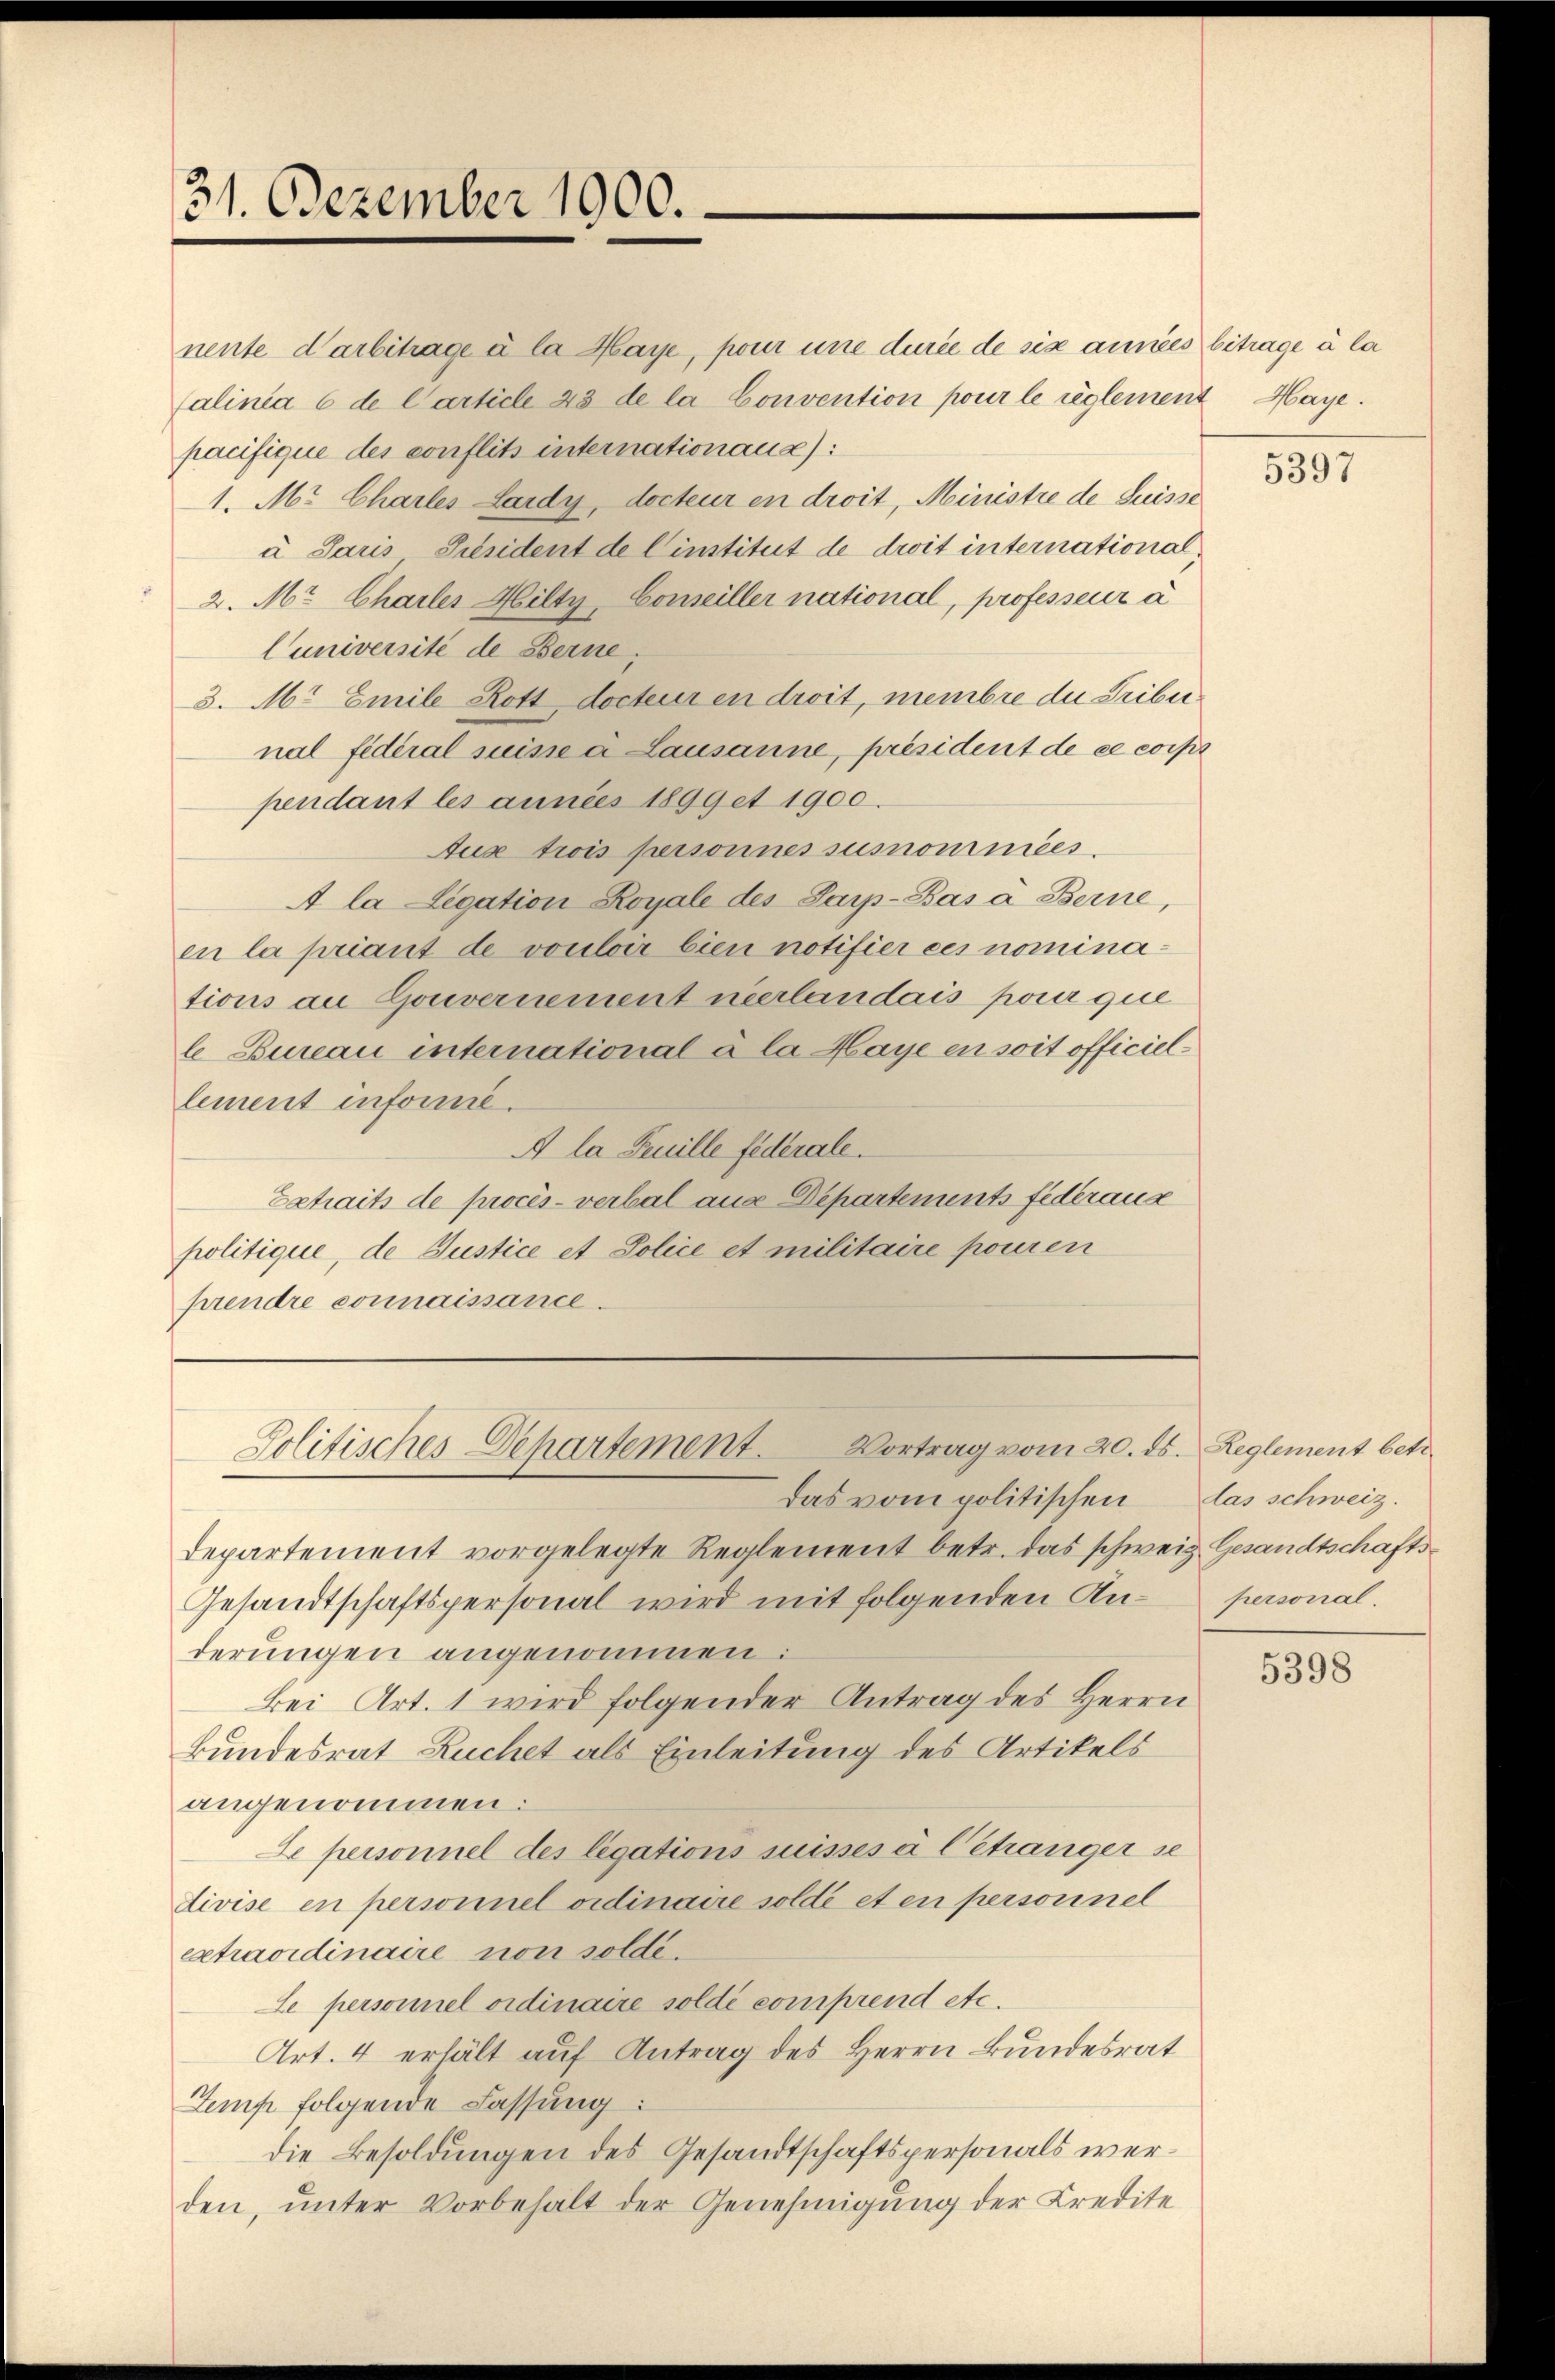
31. Dezember 1900.

nente darbitrage à la Maye, pour une durée de six annes betrage à la
alinia 6 de Carticle 43 de la Convention pour le reglement Haye.
pacifique des conflits internationaus):
1. Mr. Charles Lardy, docteur en droit, Ministre de Suisse
u Paris Präsident de Cinstitut de droit international¬
2. Mr. Charler Hilty, Conseiller national, professeur à
Cuniversité de Berne
3. M. Emile Rott, docteur en droit, membre du Tribunal fédéral suisse à Lausanne, président de ce corps
pendant les années 1899 et 1900.
Aux trois personnes sumominées.
A la Legation Royale des Parp-Bás à Berne,
en la priant de vouloir bien notifier ces nominations an Gouvernement neerlandais pour que
l Bureau international à la Haye en soit officiellement informe.
A la Feuille federale.
Betraits de procès-verbal aus Departements federaus
politique, de Justice et Police et militaire pouren
prendre connaissance.

Vortrag vom 20. ds. Reglement betr.
Politisches Departement.
das vom politischen das schweiz.

departement vorgelegte Reglement betr. das schweiz. Gesandtschafts¬
Gesandtschaftspersonal wird mit folgenden Anderungen angenommen:
Bei Art. 1 wird folgender Antrag des Herrn
Bundesrat Ruchet als Einleitung des Artikels
angenommen:
te personnel des legations suisses à l’étranger se
divise en personnel ordinaire solde et en personnel
extradidinaire non solde.
Se personnel ordinaire solde comprend etc.
Art. 4 erhält auf Antrag des Herrn Bundesrat
Zemp folgende Fassung:
die Besoldungen des Gesandtschaftspersonals werden, unter Vorbehalt der Genehmigung der Kredite

5397

personal.

5398